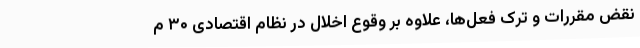
نقض مقررات و ترک فعل‌ها، علاوه بر وقوع اخلال در نظام اقتصادی ۳۰ م